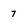
Character: 7